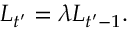
L _ { t ^ { \prime } } = \lambda L _ { t ^ { \prime } - 1 } .